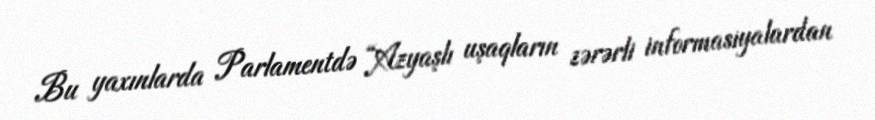
Bu yaxınlarda Parlamentdə “Azyaşlı uşaqların zərərli informasiyalardan